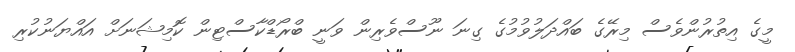
މީގެ އިތުރުންވެސް މިރޭގެ ބައްދަލުވުމުގެ ގިނަ ނޫސްވެރިން ވަނީ ބްރޯޑްކާސްޓިން ކޮމިޝަނަށް އައްޔަނުކުރި